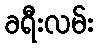
ခရီးလမ်း